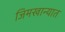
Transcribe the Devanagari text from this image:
जिमखान्यात